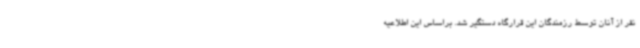
نفر از آنان توسط رزمندگان این قرارگاه دستگیر شد. براساس این اطلاعیه